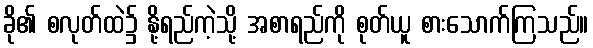
ခို၏ စလုတ်ထဲ၌ နို့ရည်ကဲ့သို့ အစာရည်ကို စုတ်ယူ စားသောက်ကြသည်။